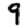
Digit: 9